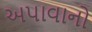
અપાવાનો